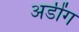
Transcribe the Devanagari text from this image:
अडींग